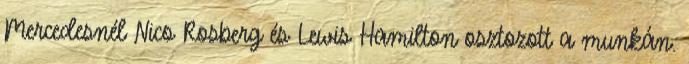
Mercedesnél Nico Rosberg és Lewis Hamilton osztozott a munkán.